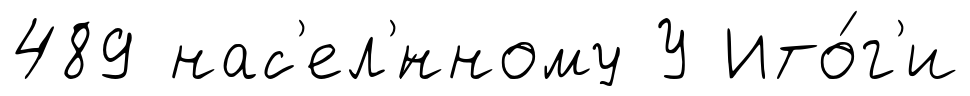
489 нас'ел'́нному У Ито́г'и